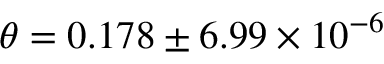
\theta = 0 . 1 7 8 \pm 6 . 9 9 \times 1 0 ^ { - 6 }